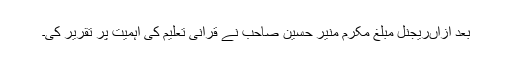
بعد ازاںریجنل مبلغ مکرم منیر حسین صاحب نے قرآنی تعلیم کی اہمیت پر تقریر کی۔